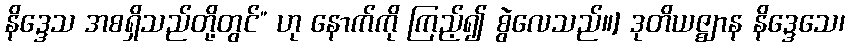
နိဒ္ဒေသ အစရှိသည်တို့တွင်” ဟု နောက်ကို ကြည့်၍ စွဲလေသည်။] ဒုတိယဇ္ဈာန နိဒ္ဒေသေ၊